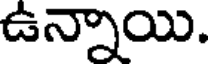
ఉన్నాయి.